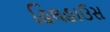
હિલહાઉસ